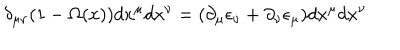
\delta _ { \mu \nu } ( 1 - \Omega ( x ) ) d x ^ { \mu } d x ^ { \nu } = ( \partial _ { \mu } \epsilon _ { \nu } + \partial _ { \nu } \epsilon _ { \mu } ) d x ^ { \mu } d x ^ { \nu }